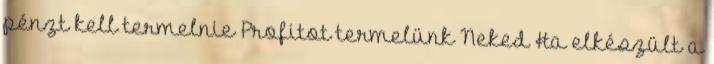
pénzt kell termelnie Profitot termelünk Neked Ha elkészült a